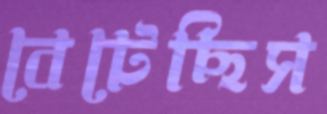
বেটেছিস